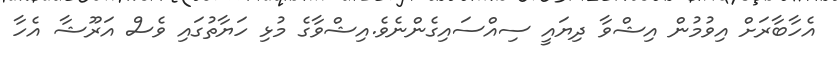
އެހާބާރަށް އިވުމުން އިޝްވާ ދިޔައީ ސިއްސައިގެންނެވެ.އިޝްވާގެ މުޅި ހަޔާތުގައި ވެސް އަރޫޝާ އެހާ